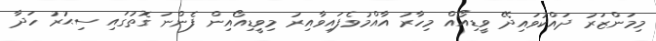
މިމަންޒަރު ދައްކުވައިދޭ ވީޑިއޯއް މިހާރު އާއްމުވެފައިވާއިރު މިވީޑިއޯއިން ފެންނަ ގޮތުގައި ސިޙުރު ހަދާ